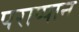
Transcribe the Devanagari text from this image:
पराप्पान